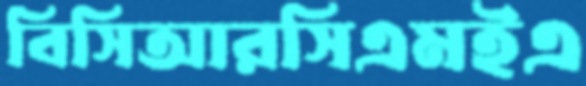
বিসিআরসিএমইএ